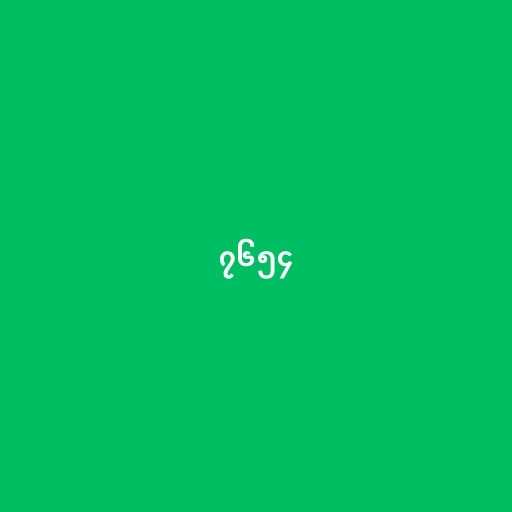
၇၆၅၄